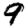
Digit: 9